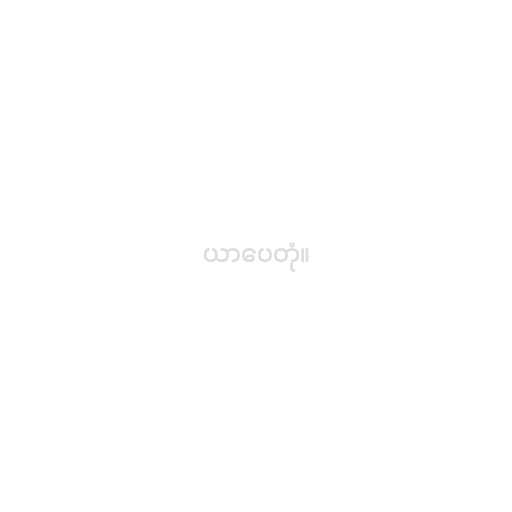
ယာပေတုံ။